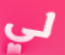
لي